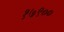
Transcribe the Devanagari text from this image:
१७९००